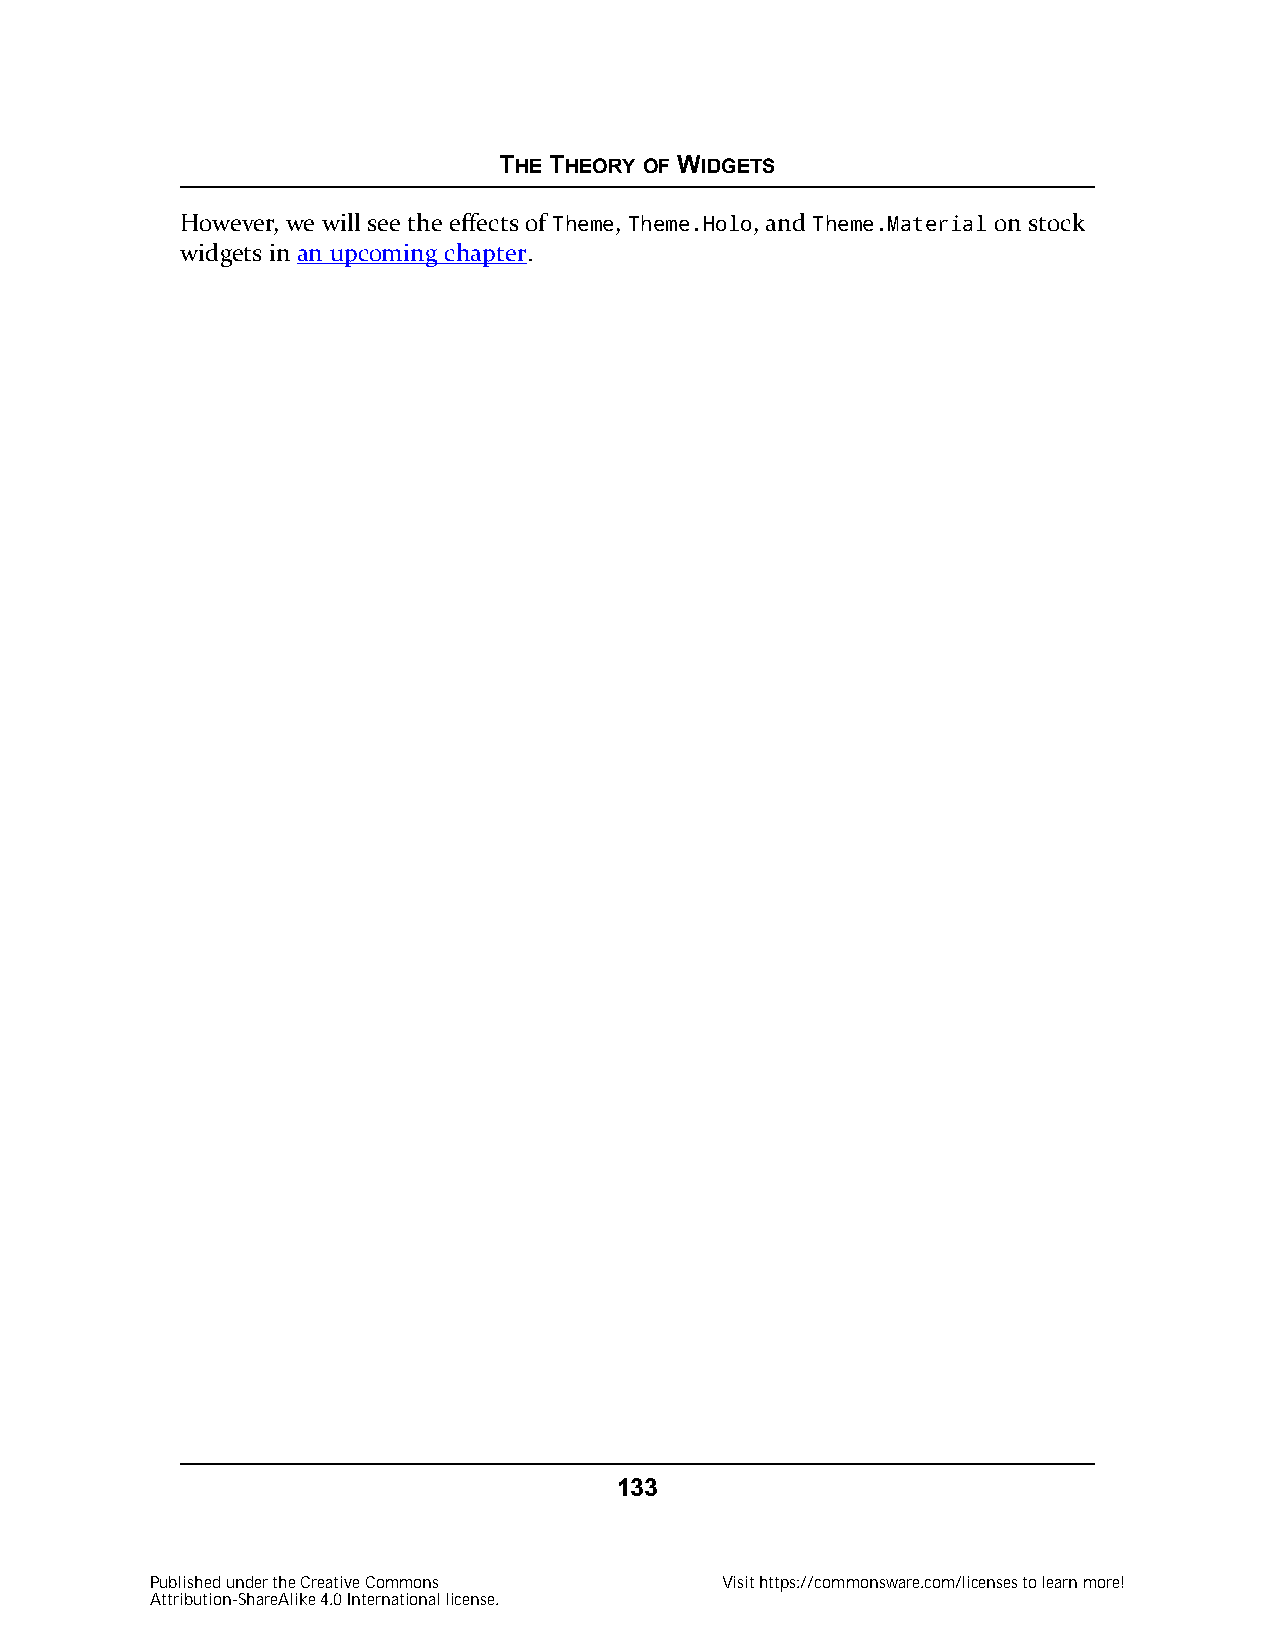
THE THEORY OF WIDGETS
 However, we will see the effects of Theme, Theme.Holo, and Theme.Material on stock
 widgets in an upcoming chapter.
 133
 Published under the Creative Commons  Visit https://commonsware.com/licenses to learn more!
 Attribution-ShareAlike 4.0 International license.